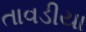
તાવડીયા